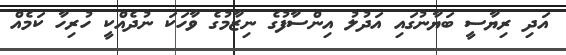
އަދި ރިޔާސީ ބަޔާނުގައި އަދުލު އިންސާފުގެ ނިޒާމުގެ ވާހަކަ ނުދެއްކީ ހުރިހާ ކަމެއް